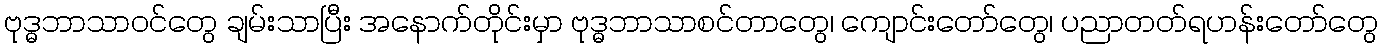
ဗုဒ္ဓဘာသာဝင်တွေ ချမ်းသာပြီး အနောက်တိုင်းမှာ ဗုဒ္ဓဘာသာစင်တာတွေ၊ ကျောင်းတော်တွေ၊ ပညာတတ်ရဟန်းတော်တွေ